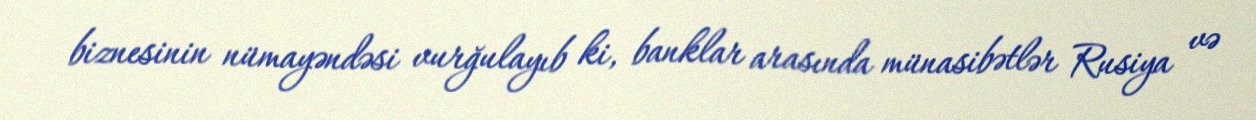
biznesinin nümayəndəsi vurğulayıb ki, banklar arasında münasibətlər Rusiya və